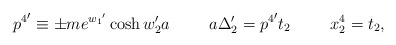
\begin{align*}{p^{4}}^{\prime} \equiv \pm m e^{{w_{1}}^{\prime}} \cosh w_{2}^{\prime} a \hspace{1cm} a \Delta_{2}^{\prime} = {p^{4}}^{\prime} t_{2} \hspace{1cm} x_{2}^{4} = t_{2},\end{align*}